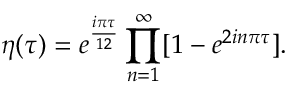
\displaystyle \eta ( \tau ) = e ^ { \frac { i \pi \tau } { 1 2 } } \prod _ { n = 1 } ^ { \infty } [ 1 - e ^ { 2 i n \pi \tau } ] .